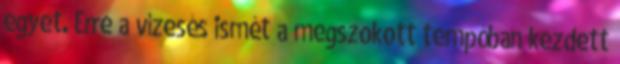
egyet. Erre a vízesés ismét a megszokott tempóban kezdett